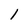
Character: 1